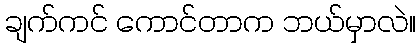
ချက်ကင် ကောင်တာက ဘယ်မှာလဲ။